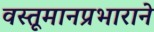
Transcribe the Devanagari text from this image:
वस्तूमानप्रभाराने